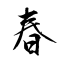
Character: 春